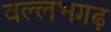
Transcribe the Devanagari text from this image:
वल्लभगढ़